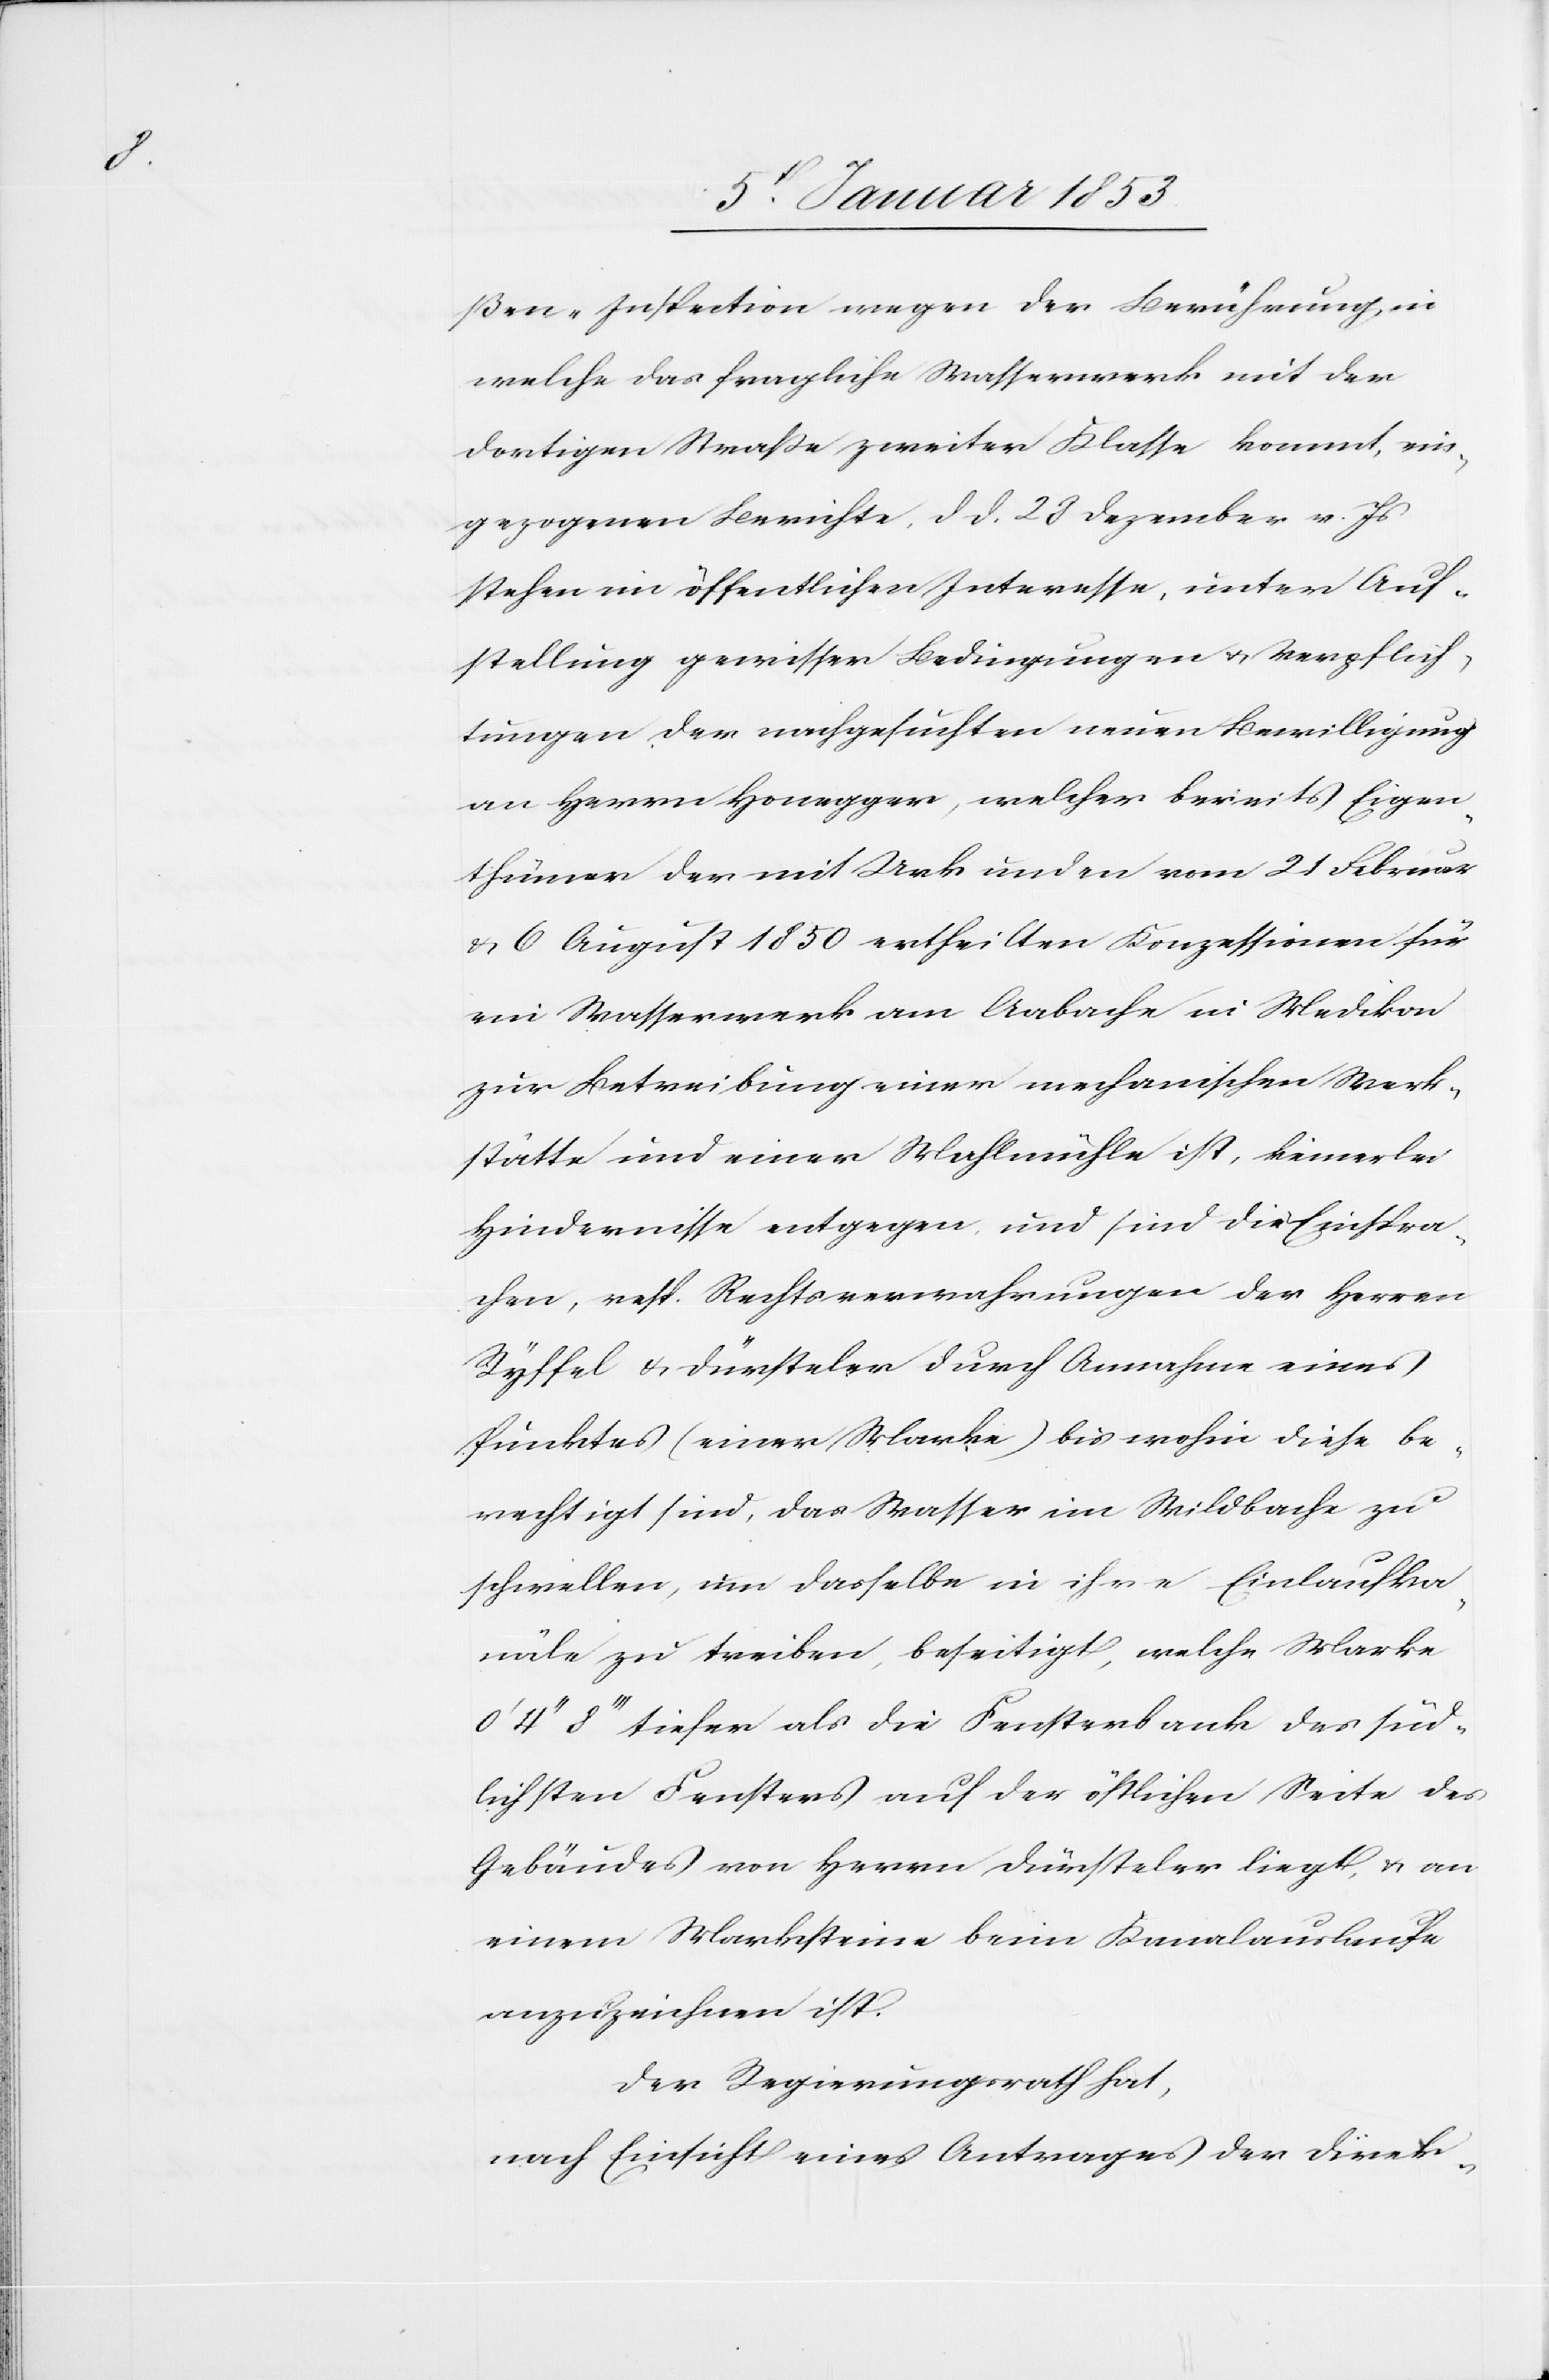
ßen-Inspektion wegen der Berührung in
welche das fragliche Waßerwerk mit der
dortigen Straße zweiter Klaße kommt, ein¬
gezogenen Berichte d. d. 28. Dezember v. Js.
stehen im öffentlichen Interesse, unter Auf¬
stellung gewisser Bedingungen u. Verpflich¬
tungen der nachgesuchten neuen Bewilligung
an Herrn Honegger, welcher bereits Eigen¬
thümer der mit Urkunden vom 21. Februar
u. 6. August 1850. ertheilten Konzessionen für
ein Wasserwerk am Aabache in Medikon
zur Betreibung einer mechanischen Werk¬
stätte und einer Mahlemühle ist, keinerlei
Hindernisse entgegen und sind die Einspra¬
chen, resp. Rechtsverwahrungen der Herren
Ryffel u. Dürsteler durch Annahme eines
Punktes (einer Marke) bis wohin diese be¬
rechtigt sind, das Wasser im Wildbache zu
schwellen, um dasselbe in ihre Einlaufka¬
näle zu treiben, beseitigt, welche Marke
4’’ 8’’’ tiefer als die Fensterbank des süd¬
lichsten Fensters auf der östlichen Seite des
Gebäudes von Herrn Dürsteler liegt u. an
einen Marksteine beim Kanalauslaufe
anzuzeichnen ist.
Der Regierungsrath hat,
nach Einsicht eines Antrages der Direk-